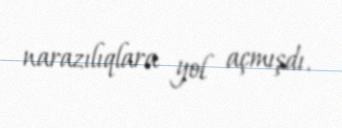
narazılıqlara yol açmışdı.